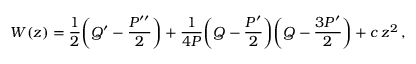
W ( z ) = \frac 1 2 \bigg ( Q ^ { \prime } - \frac { P ^ { \prime \prime } } 2 \bigg ) + \frac 1 { 4 P } \bigg ( Q - \frac { P ^ { \prime } } 2 \bigg ) \bigg ( Q - \frac { 3 P ^ { \prime } } 2 \bigg ) + c \, z ^ { 2 } \, ,